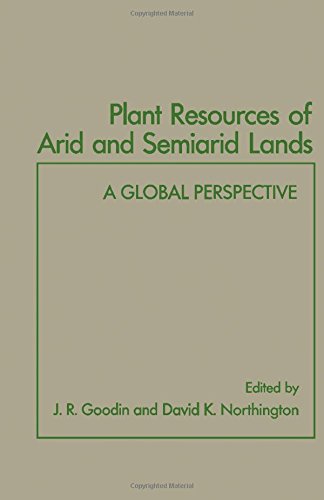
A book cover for Plant Resources of Arid and Semiarid Lands: A Global Perspective; J. R. Goodin; Crafts, Hobbies & Home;